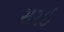
સરઈ